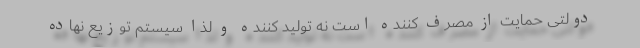
دولتی حمایت از مصرف کننده است نه تولید کننده و لذا سیستم توزیع نهاده